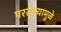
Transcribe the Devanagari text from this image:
परतल्यामुळे